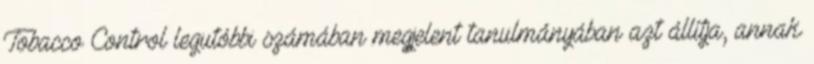
Tobacco Control legutóbbi számában megjelent tanulmányában azt állítja, annak